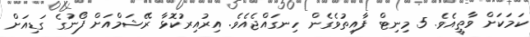
ކަމަކަށް ވާތީއެވެ. 5 މިނިޓް ފާއިތުވެގެން ހިނގައްޖެއެވެ. އިރުއިރުކޮޅާ ރޭޝަމްއަށް ފޯނުގެ ގަޑިއަށް